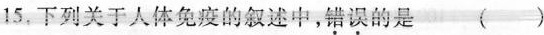
15.下列关于人体免疫的叙述中，错误的是（ ）